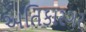
અતિકારગર